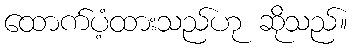
ထောက်ပံ့ထားသည်ဟု ဆိုသည်။